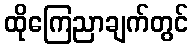
ထိုကြေညာချက်တွင်